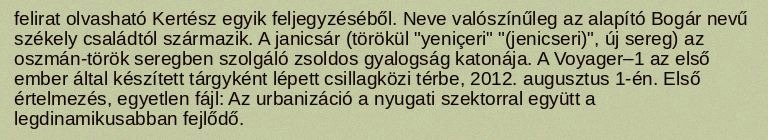
felirat olvasható Kertész egyik feljegyzéséből. Neve valószínűleg az alapító Bogár nevű székely családtól származik. A janicsár (törökül "yeniçeri" "(jenicseri)", új sereg) az oszmán-török seregben szolgáló zsoldos gyalogság katonája. A Voyager–1 az első ember által készített tárgyként lépett csillagközi térbe, 2012. augusztus 1-én. Első értelmezés, egyetlen fájl: Az urbanizáció a nyugati szektorral együtt a legdinamikusabban fejlődő.